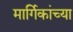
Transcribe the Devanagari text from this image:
मार्गिकांच्या